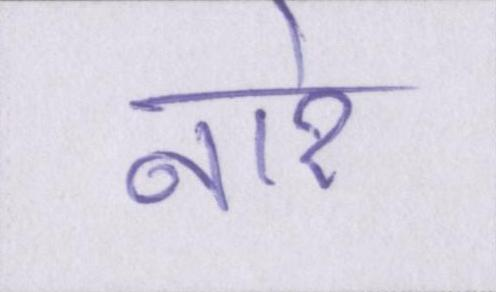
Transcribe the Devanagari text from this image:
नारे